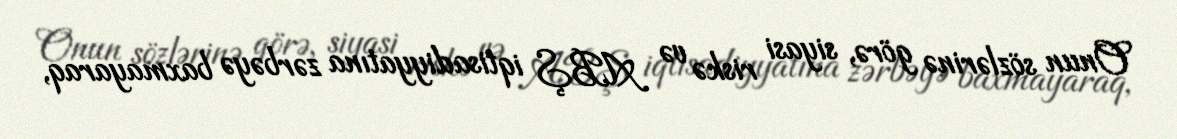
Onun sözlərinə görə, siyasi riskə və ABŞ iqtisadiyyatına zərbəyə baxmayaraq,